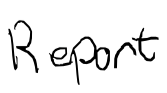
Text: Report
Cross-out: clean
Writing tool: digital_black